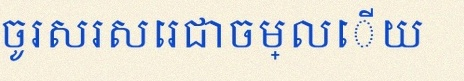
ចូរសរសេរជាចម្លើយ